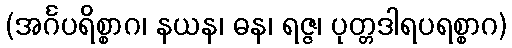
(အင်္ဂပရိစ္စာဂ၊ နယန၊ ဓန၊ ရဇ္ဇ၊ ပုတ္တဒါရပရစ္စာဂ)